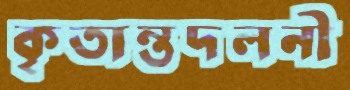
কৃতান্তদলনী